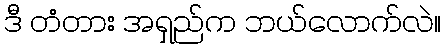
ဒီ တံတား အရှည်က ဘယ်လောက်လဲ။